65_HS1-834228961_62-HQ-83894_Serial_438
Agency: FBI
Page 8
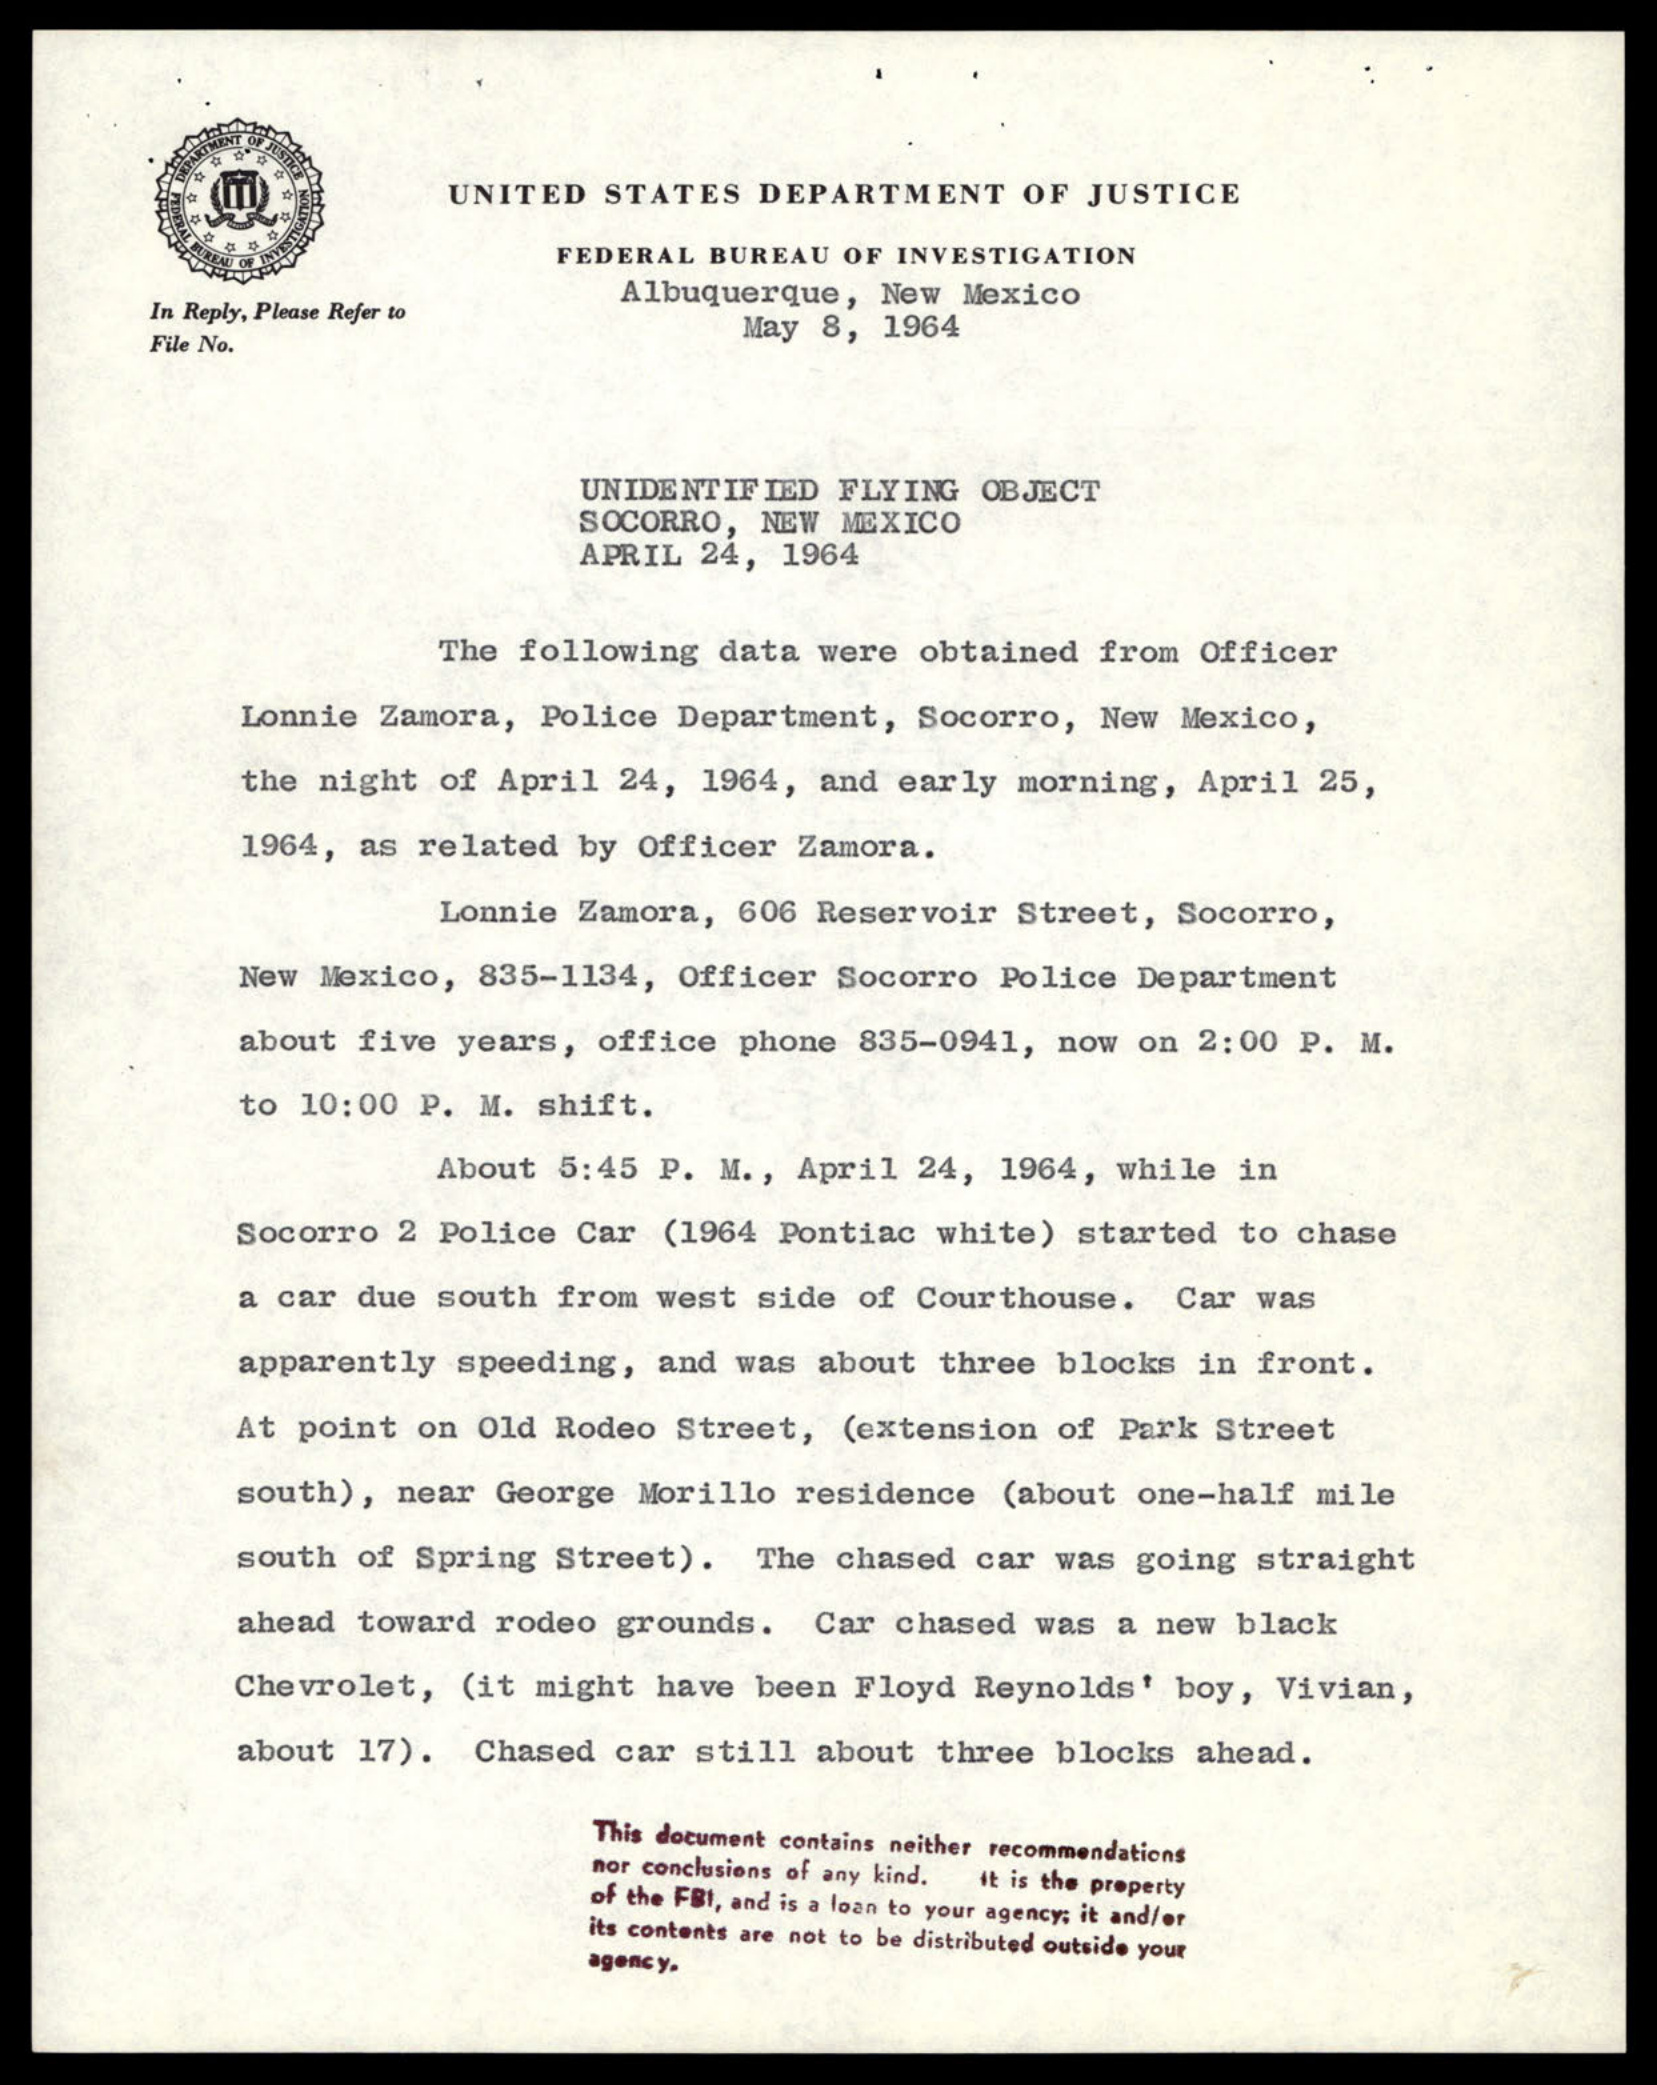